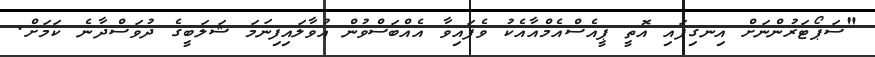
"ސަޕޯޓަރުންނަށް އިނގިފައި އޮތީ ޕީއެސްއެމްއާއެކު ވެފައިވާ އެއްބަސްވުން އުވާލައިފިނަމަ ޝަލަބީގެ ދުވަސްދާނެ ކަމަށް.